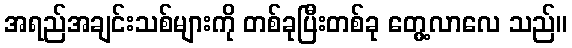
အရည်အချင်းသစ်များကို တစ်ခုပြီးတစ်ခု တွေ့လာလေ သည်။